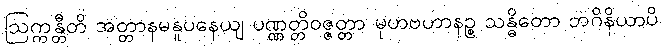
ဩက္ကန္တီတိ အတ္တာနမနူပနေယျ ပဏ္ဏတ္တိဝဇ္ဇတ္တာ မုဟဗဟာနဉ္စ သန္ဓိတော ဘဂိနိယာပိ